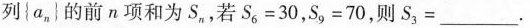
列{a_{n}的前n项和为S_{n}，若$$S _ { 6 } = 3 0$$，$$S _ { 9 } = 7 0$$，则S_{3}=___。